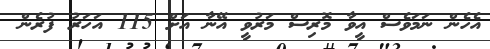
އެހެން ނަމަވެސް އީވާ މޮރިސް މަރުވީ އޭނާ އަށް 115 އަހަރު ފުރެން